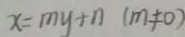
x = m y + n ( m \neq 0 )